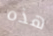
هذه